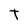
Character: t